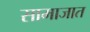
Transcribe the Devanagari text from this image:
सामाजात